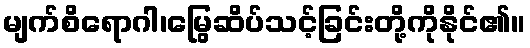
မျက်စိရောဂါ၊မြွေဆိပ်သင့်ခြင်းတို့ကိုနိုင်၏။